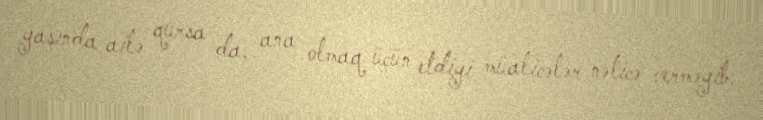
yaşında ailə qursa da, ana olmaq üçün etdiyi müalicələr nəticə verməyib.